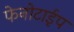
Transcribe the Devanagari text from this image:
फेनोटाईप